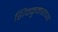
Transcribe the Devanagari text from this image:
शिवकुमारांच्या